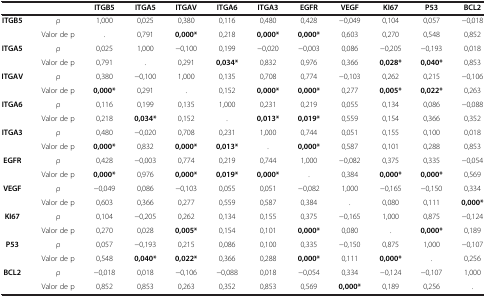
<table><thead><tr><td colspan="2"><b> </b></td><td><b>ITGB5</b></td><td><b>ITGA5</b></td><td><b>ITGAV</b></td><td><b>ITGA6</b></td><td><b>ITGA3</b></td><td><b>EGFR</b></td><td><b>VEGF</b></td><td><b>KI67</b></td><td><b>P53</b></td><td><b>BCL2</b></td></tr></thead><tbody><tr><td rowspan="2"><b>ITGB5</b></td><td>ρ</td><td>1,000</td><td>0,025</td><td>0,380</td><td>0,116</td><td>0,480</td><td>0,428</td><td>-0,049</td><td>0,104</td><td>0,057</td><td>-0,018</td></tr><tr><td>Valor de p</td><td>.</td><td>0,791</td><td><b>0,000*</b></td><td>0,218</td><td><b>0,000*</b></td><td><b>0,000*</b></td><td>0,603</td><td>0,270</td><td>0,548</td><td>0,852</td></tr><tr><td rowspan="2"><b>ITGA5</b></td><td>ρ</td><td>0,025</td><td>1,000</td><td>-0,100</td><td>0,199</td><td>-0,020</td><td>-0,003</td><td>0,086</td><td>-0,205</td><td>-0,193</td><td>0,018</td></tr><tr><td>Valor de p</td><td>0,791</td><td>.</td><td>0,291</td><td><b>0,034*</b></td><td>0,832</td><td>0,976</td><td>0,366</td><td><b>0,028*</b></td><td><b>0,040*</b></td><td>0,853</td></tr><tr><td rowspan="2"><b>ITGAV</b></td><td>ρ</td><td>0,380</td><td>-0,100</td><td>1,000</td><td>0,135</td><td>0,708</td><td>0,774</td><td>-0,103</td><td>0,262</td><td>0,215</td><td>-0,106</td></tr><tr><td>Valor de p</td><td><b>0,000*</b></td><td>0,291</td><td>.</td><td>0,152</td><td><b>0,000*</b></td><td><b>0,000*</b></td><td>0,277</td><td><b>0,005*</b></td><td><b>0,022*</b></td><td>0,263</td></tr><tr><td rowspan="2"><b>ITGA6</b></td><td>ρ</td><td>0,116</td><td>0,199</td><td>0,135</td><td>1,000</td><td>0,231</td><td>0,219</td><td>0,055</td><td>0,134</td><td>0,086</td><td>-0,088</td></tr><tr><td>Valor de p</td><td>0,218</td><td><b>0,034*</b></td><td>0,152</td><td>.</td><td><b>0,013*</b></td><td><b>0,019*</b></td><td>0,559</td><td>0,154</td><td>0,366</td><td>0,352</td></tr><tr><td rowspan="2"><b>ITGA3</b></td><td>ρ</td><td>0,480</td><td>-0,020</td><td>0,708</td><td>0,231</td><td>1,000</td><td>0,744</td><td>0,051</td><td>0,155</td><td>0,100</td><td>0,018</td></tr><tr><td>Valor de p</td><td><b>0,000*</b></td><td>0,832</td><td><b>0,000*</b></td><td><b>0,013*</b></td><td>.</td><td><b>0,000*</b></td><td>0,587</td><td>0,101</td><td>0,288</td><td>0,853</td></tr><tr><td rowspan="2"><b>EGFR</b></td><td>ρ</td><td>0,428</td><td>-0,003</td><td>0,774</td><td>0,219</td><td>0,744</td><td>1,000</td><td>-0,082</td><td>0,375</td><td>0,335</td><td>-0,054</td></tr><tr><td>Valor de p</td><td><b>0,000*</b></td><td>0,976</td><td><b>0,000*</b></td><td><b>0,019*</b></td><td><b>0,000*</b></td><td>.</td><td>0,384</td><td><b>0,000*</b></td><td><b>0,000*</b></td><td>0,569</td></tr><tr><td rowspan="2"><b>VEGF</b></td><td>ρ</td><td>-0,049</td><td>0,086</td><td>-0,103</td><td>0,055</td><td>0,051</td><td>-0,082</td><td>1,000</td><td>-0,165</td><td>-0,150</td><td>0,334</td></tr><tr><td>Valor de p</td><td>0,603</td><td>0,366</td><td>0,277</td><td>0,559</td><td>0,587</td><td>0,384</td><td>.</td><td>0,080</td><td>0,111</td><td><b>0,000*</b></td></tr><tr><td rowspan="2"><b>KI67</b></td><td>ρ</td><td>0,104</td><td>-0,205</td><td>0,262</td><td>0,134</td><td>0,155</td><td>0,375</td><td>-0,165</td><td>1,000</td><td>0,875</td><td>-0,124</td></tr><tr><td>Valor de p</td><td>0,270</td><td>0,028</td><td><b>0,005*</b></td><td>0,154</td><td>0,101</td><td><b>0,000*</b></td><td>0,080</td><td>.</td><td><b>0,000*</b></td><td>0,189</td></tr><tr><td rowspan="2"><b>P53</b></td><td>ρ</td><td>0,057</td><td>-0,193</td><td>0,215</td><td>0,086</td><td>0,100</td><td>0,335</td><td>-0,150</td><td>0,875</td><td>1,000</td><td>-0,107</td></tr><tr><td>Valor de p</td><td>0,548</td><td><b>0,040*</b></td><td><b>0,022*</b></td><td>0,366</td><td>0,288</td><td><b>0,000*</b></td><td>0,111</td><td><b>0,000*</b></td><td>.</td><td>0,256</td></tr><tr><td rowspan="2"><b>BCL2</b></td><td>ρ</td><td>-0,018</td><td>0,018</td><td>-0,106</td><td>-0,088</td><td>0,018</td><td>-0,054</td><td>0,334</td><td>-0,124</td><td>-0,107</td><td>1,000</td></tr><tr><td>Valor de p</td><td>0,852</td><td>0,853</td><td>0,263</td><td>0,352</td><td>0,853</td><td>0,569</td><td><b>0,000*</b></td><td>0,189</td><td>0,256</td><td>.</td></tr></tbody></table>